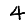
Digit: 4